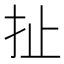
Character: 扯